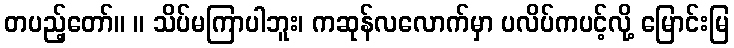
တပည့်တော်။ ။ သိပ်မကြာပါဘူး၊ ကဆုန်လလောက်မှာ ပလိပ်ကပင့်လို့ မြောင်းမြ